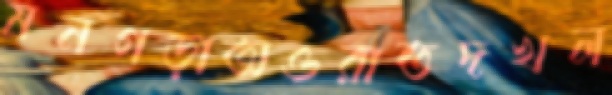
মনগড়াঅওরাতদখল